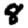
Digit: 8